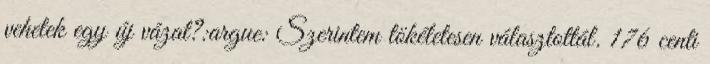
vehetek egy új vázat?:argue: Szerintem tökéletesen választottál. 176 centi